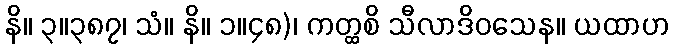
နိ။ ၃။၃၈၇၊ သံ။ နိ။ ၁။၄၈)၊ ကတ္ထစိ သီလာဒိဝသေန။ ယထာဟ